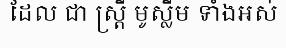
ដែល ជា ស្ត្រី មូស្លីម ទាំងអស់